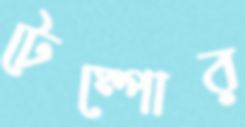
টেম্পোর